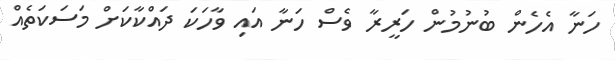
ހަނާ އެހެން ބުނުމުން ހަރީރާ ވެސް ހަނާ އައި ވާހަކަ ދައްކާކަށް މަސަކަތެއް